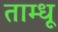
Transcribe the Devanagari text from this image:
ताम्धू